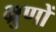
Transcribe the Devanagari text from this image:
भ्रुणों